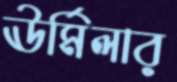
ঊর্মিলার